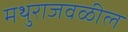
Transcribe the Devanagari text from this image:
मथुराजवळील